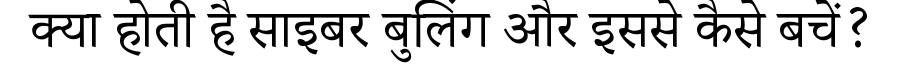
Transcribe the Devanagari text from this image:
क्या होती है साइबर बुलिंग और इससे कैसे बचें?